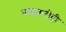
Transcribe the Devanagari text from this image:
फडकरीही